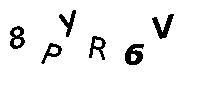
8PYR6V